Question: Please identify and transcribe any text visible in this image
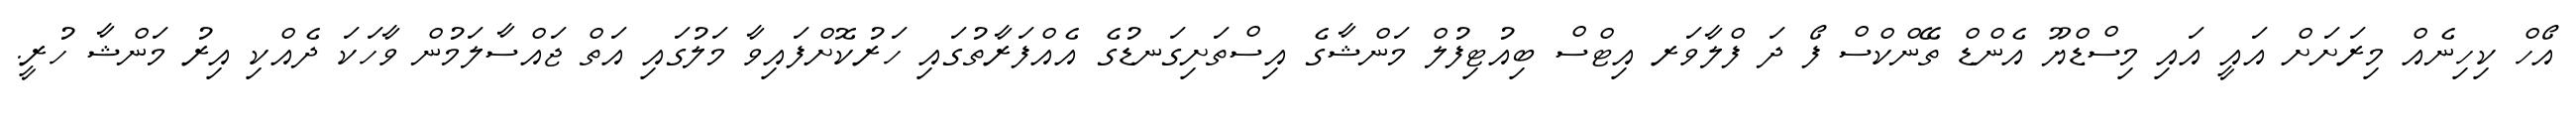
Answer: އޯހް ކިހިނެއް މިރަށަށް އައީ އައި މިސްޑްޔޫ އެންޑް ތޭންކްސް ފޯ ދަ ފްލާވަރ އިޓްސް ބިއުޓިފުލް މަންޝާގެ އިސްތަށިގަނޑުގެ އެއްފަރާތުގައި ހަރުކޮށްފައިވާ މަލުގައި އަތް ޖައްސާލަމުން ވާހަކަ ދެއްކި އިރު މަންޝާ ހުރީ.